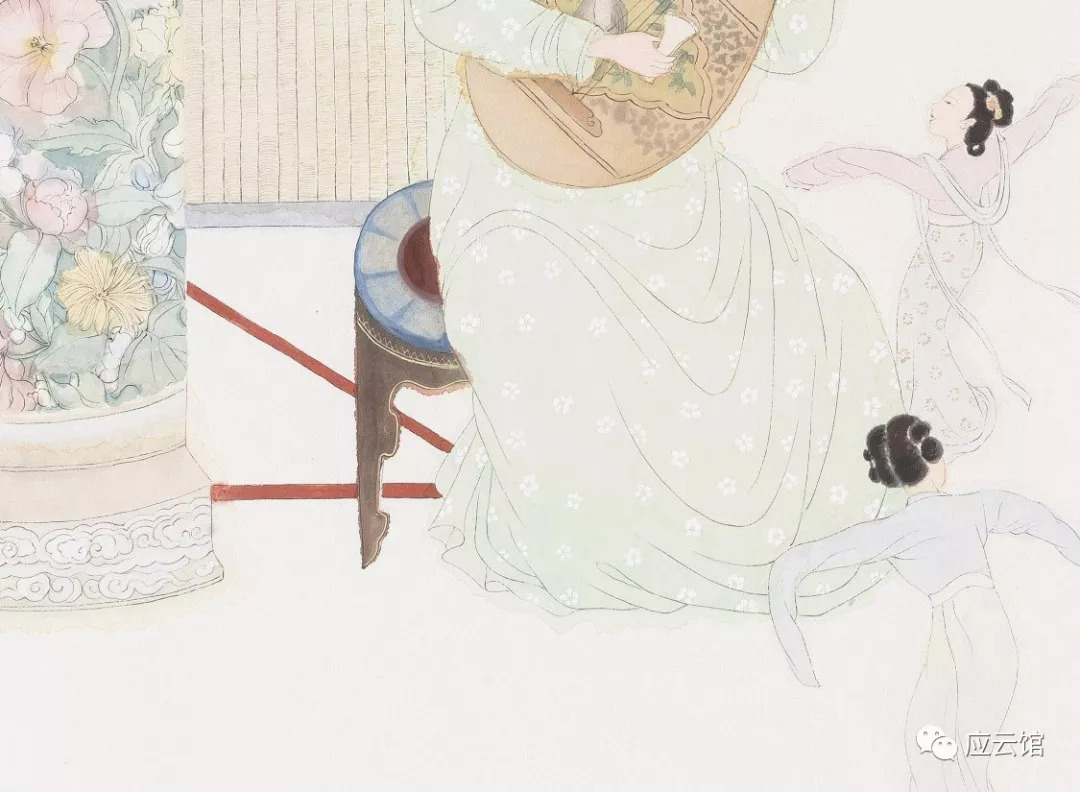
起舞徘徊风露下，今夕不知何夕。